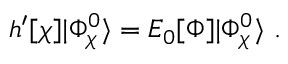
h ^ { \prime } [ \chi ] | \Phi _ { \chi } ^ { 0 } \rangle = E _ { 0 } [ \Phi ] | \Phi _ { \chi } ^ { 0 } \rangle \ .